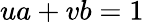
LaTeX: ua+vb=1